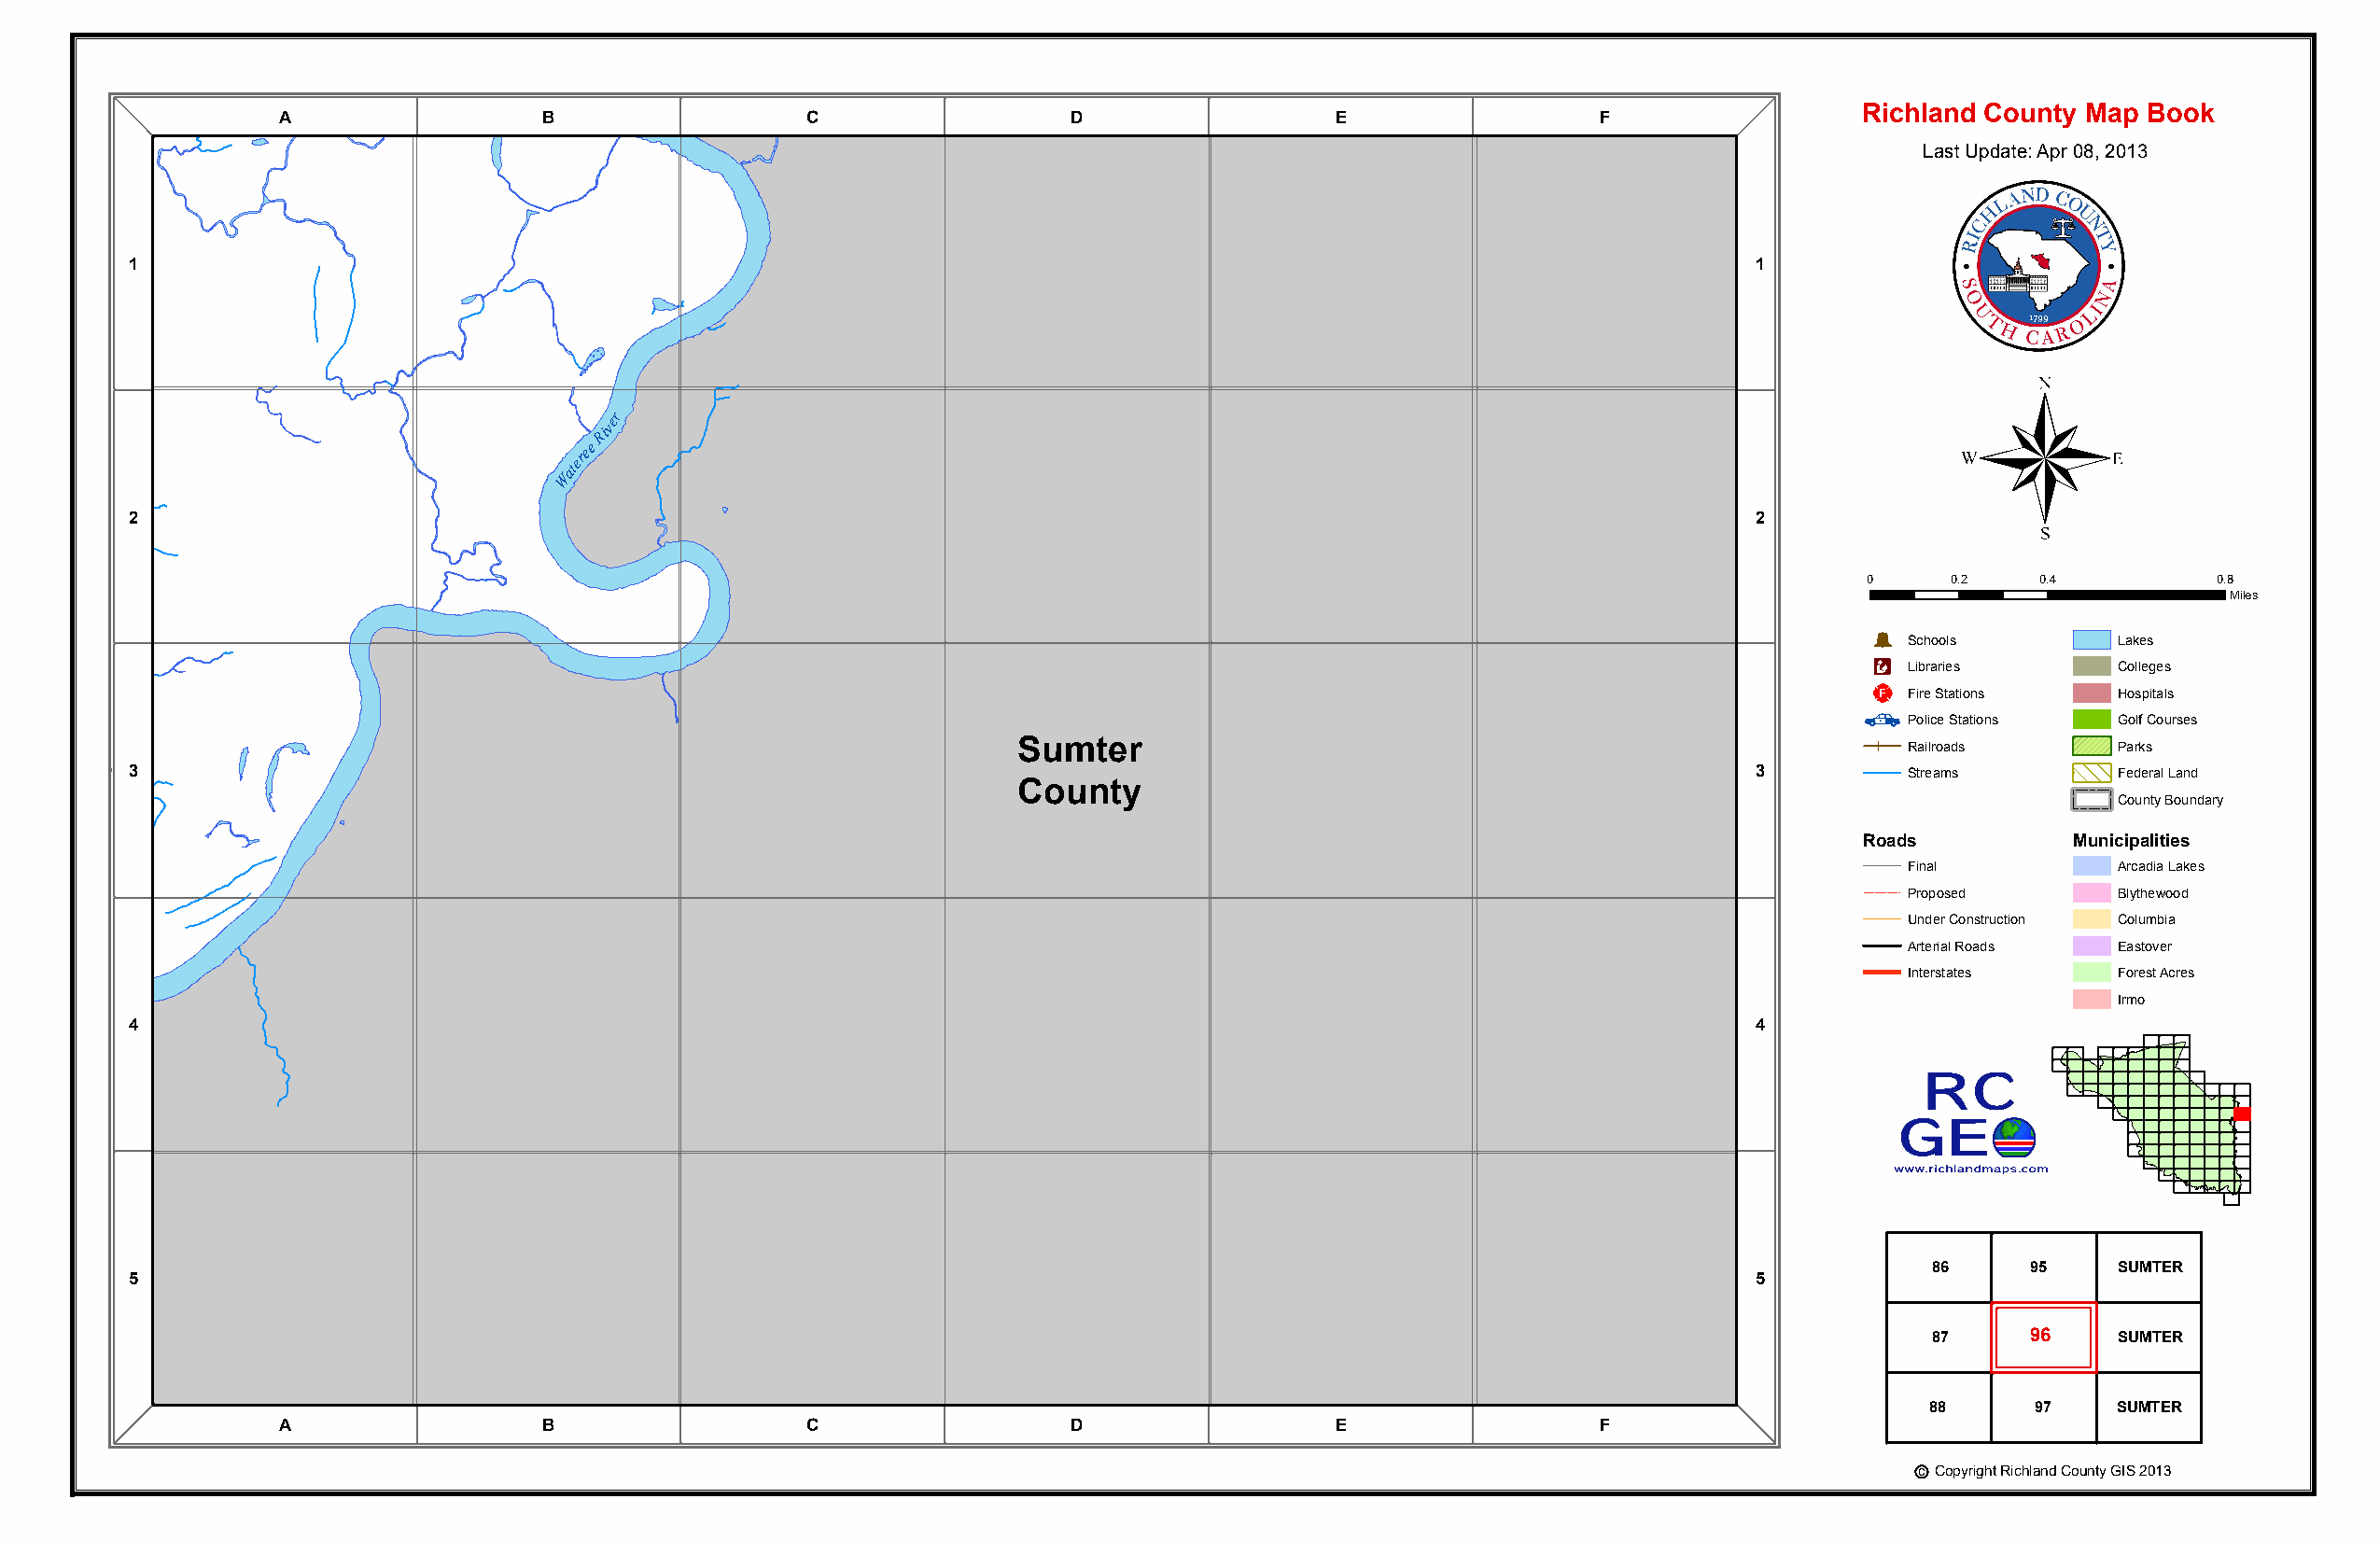
Richland County Map Book
 A                 B                  C                  D                  E                 F
 Last Update: Apr 08, 2013
 1                                                                                                                   1
 ®
 r
 Rive
 eree
 Wat
 2                                                                                                                   2
 0     0.2    0.4         0.8
 Miles
 Þ
 Schools        Lakes
 Æc
 Libraries      Colleges
 _¨
 Fire Stations  Hospitals
 Police Stations Golf Courses
 Sumter                                                         Railroads      Parks
 3                                                                                                                   3         Streams        Federal Land
 County
 County Boundary
 Roads          Municipalities
 Final          Arcadia Lakes
 Proposed       Blythewood
 Under Construction Columbia
 Arterial Roads Eastover
 Interstates    Forest Acres
 Irmo
 4                                                                                                                   4
 Wateree
 River
 86     95    SUMTER
 5                                                                                                                   5
 Sumter
 87     96    SUMTER
 County
 88     97    SUMTER
 A                 B                  C                  D                  E                 F
 c Copyright Richland County GIS 2013